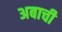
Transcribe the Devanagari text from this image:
अबाची